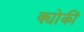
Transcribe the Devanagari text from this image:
क्योकीं